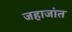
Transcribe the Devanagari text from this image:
जहाजांत